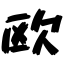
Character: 欧